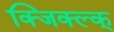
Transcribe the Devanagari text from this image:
क्जिक्ल्क्